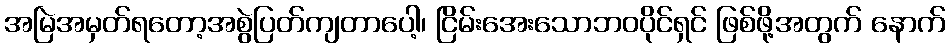
အမြဲအမှတ်ရတော့အစွဲပြတ်ကျတာပေါ့၊ ငြိမ်းအေးသောဘဝပိုင်ရှင် ဖြစ်ဖို့အတွက် နောက်